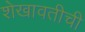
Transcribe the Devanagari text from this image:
शेखावतीची